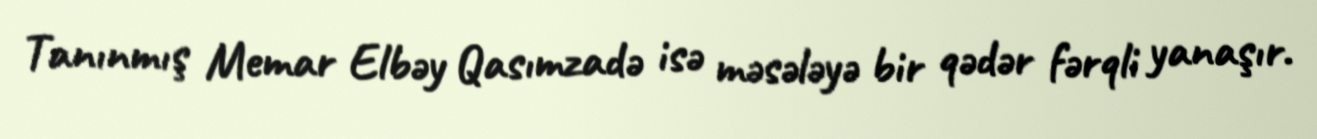
Tanınmış Memar Elbəy Qasımzadə isə məsələyə bir qədər fərqli yanaşır.